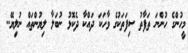
މީހުންގެ ހުންނަ ތަފާތު ސިފަތަކުގެ ވާހަކަ ދައްކާ ދެކޮޅު ނުބަލާ ލިޔުންތައް ނުލިޔޭ..